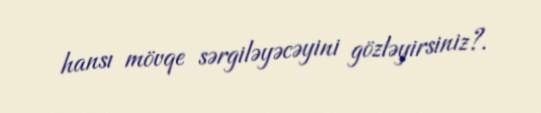
hansı mövqe sərgiləyəcəyini gözləyirsiniz?.